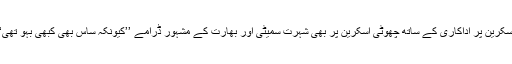
اندر کمار نے بالی ووڈ کی بڑی اسکرین پر اداکاری کے ساتھ چھوٹی اسکرین پر بھی شہرت سمیٹی اور بھارت کے مشہور ڈرامے ’’کیونکہ ساس بھی کبھی بہو تھی‘‘ میں بھی مرکزی کردار ادا کیا ۔